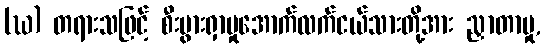
(ဃ) တရားသဖြင့် စီးပွားရှာမှုအောက်လက်ငယ်သားတို့အား ညှာတာမှု,